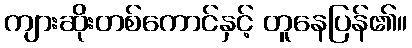
ကျားဆိုးတစ်ကောင်နှင့် တူနေပြန်၏။